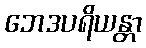
ဘေဒပရိယန္တာ